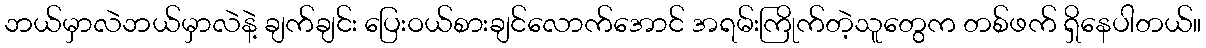
ဘယ်မှာလဲဘယ်မှာလဲနဲ့ ချက်ချင်း ပြေးဝယ်စားချင်လောက်အောင် အရမ်းကြိုက်တဲ့သူတွေက တစ်ဖက် ရှိနေပါတယ်။